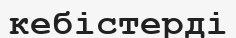
кебістерді